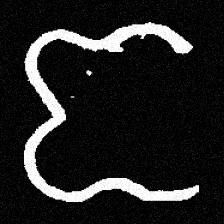
Pyu character \u2014 Myanmar letter: ဇ (romanized: ja)